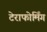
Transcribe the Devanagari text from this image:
टेराफोर्मिंग